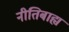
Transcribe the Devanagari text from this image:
नीतिबाह्य